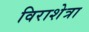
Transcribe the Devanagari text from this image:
विराशेत्रा